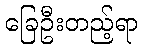
ခြေဦးတည့်ရာ